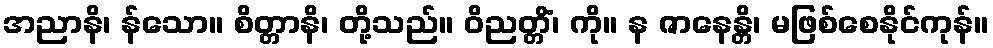
အညာနိ၊ န်သော။ စိတ္တာနိ၊ တို့သည်။ ဝိညတ္တိံ၊ ကို။ န ဇာနေန္တိ၊ မဖြစ်စေနိုင်ကုန်။